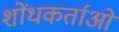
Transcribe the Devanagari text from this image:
शोंधकर्ताओं